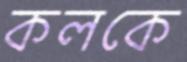
কলকে